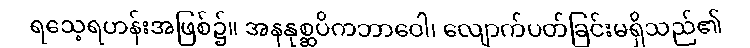
ရသေ့ရဟန်းအဖြစ်၌။ အနနုစ္ဆပိကဘာဝေါ၊ လျောက်ပတ်ခြင်းမရှိသည်၏